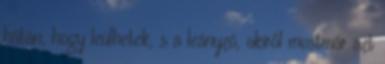
hátán, hogy leülhetek, s a leányzó, akiről mostmár azt